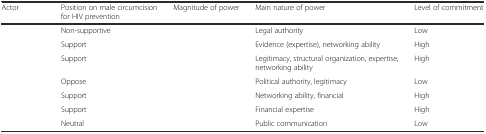
<table><thead><tr><td><b>Actor</b></td><td><b>Position on male circumcision for HIV prevention</b></td><td><b>Magnitude of power</b></td><td><b>Main nature of power</b></td><td><b>Level of commitment</b></td></tr></thead><tbody><tr><td>[EMPTY_CELL]</td><td>Non-supportive</td><td>[EMPTY_CELL]</td><td>Legal authority</td><td>Low</td></tr><tr><td>[EMPTY_CELL]</td><td>Support</td><td>[EMPTY_CELL]</td><td>Evidence (expertise), networking ability</td><td>High</td></tr><tr><td>[EMPTY_CELL]</td><td>Support</td><td>[EMPTY_CELL]</td><td>Legitimacy, structural organization, expertise, networking ability</td><td>High</td></tr><tr><td>[EMPTY_CELL]</td><td>Oppose</td><td>[EMPTY_CELL]</td><td>Political authority, legitimacy</td><td>Low</td></tr><tr><td>[EMPTY_CELL]</td><td>Support</td><td>[EMPTY_CELL]</td><td>Networking ability, financial</td><td>High</td></tr><tr><td>[EMPTY_CELL]</td><td>Support</td><td>[EMPTY_CELL]</td><td>Financial expertise</td><td>High</td></tr><tr><td>[EMPTY_CELL]</td><td>Neutral</td><td>[EMPTY_CELL]</td><td>Public communication</td><td>Low</td></tr></tbody></table>